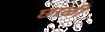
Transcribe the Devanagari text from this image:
छाळी